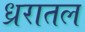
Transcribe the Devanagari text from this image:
ध्ररातल